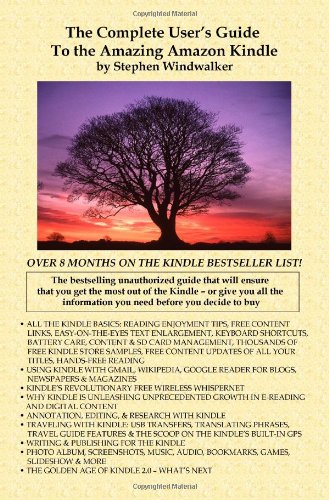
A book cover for The Complete User's Guide to the Amazing Amazon Kindle (First Generation); Stephen Windwalker; Computers & Technology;